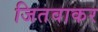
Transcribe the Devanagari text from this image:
जितवाकर